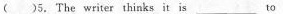
( )5.The writer thinks it is_________to